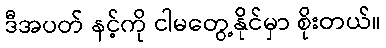
ဒီအပတ် နင့်ကို ငါမတွေ့နိုင်မှာ စိုးတယ်။